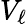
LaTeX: V_{\ell}